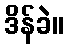
ဒိန်ခဲ။